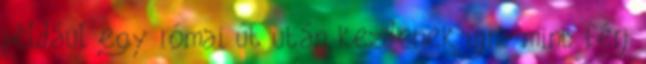
például egy római út után kezdenek újra mint férj